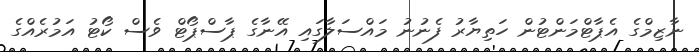
ނާޒިމްގެ އެޕާޓްމަންޓުން ހަތިޔާރު ފެނުނު މައްސަލާގައި އޭނާގެ ޕާސްޕޯޓް ވެސް ކޯޓު އަމުރެއްގެ